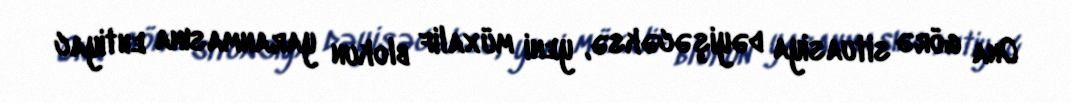
Ona görə situasiya dəyişəcəksə, yeni müxalif blokun yaranmasına ehtiyac